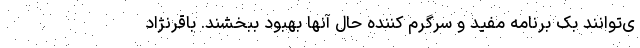
ی‌توانند بک برنامه مفید و سرگرم کننده حال آنها بهبود ببخشند. باقرنژاد